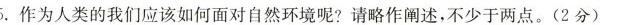
5.作为人类的我们应该如何面对自然环境呢?请略作阐述，不少于两点。(2分)